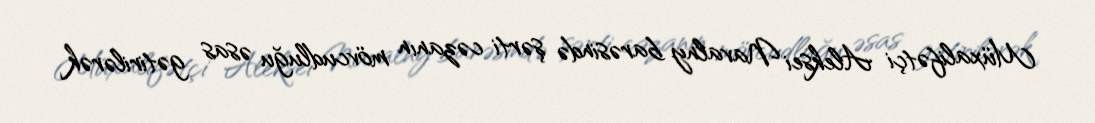
Müxalifətçi Aleksei Navalny barəsində şərti cəzanın mövcudluğu əsas gətirilərək